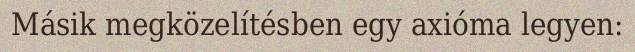
Másik megközelítésben egy axióma legyen: